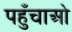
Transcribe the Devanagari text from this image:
पहुँचाओ